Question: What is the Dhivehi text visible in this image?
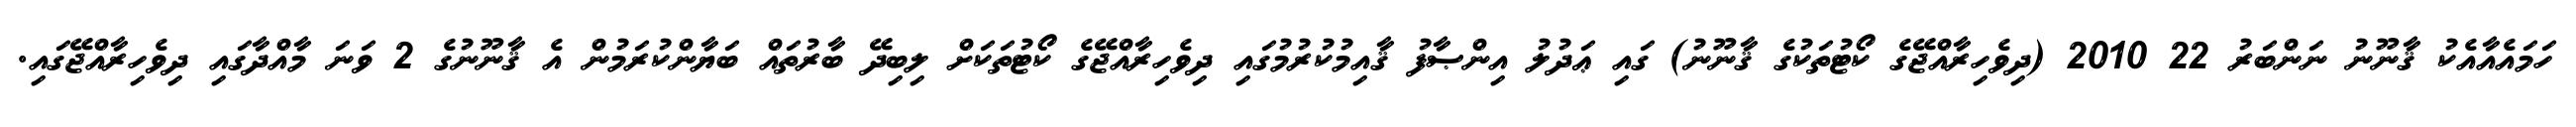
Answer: ހަމައެއާއެކު ޤާނޫނު ނަންބަރު 22 2010 (ދިވެހިރާއްޖޭގެ ކޯޓުތަކުގެ ޤާނޫނު) ގައި ޢަދުލު އިންޞާފު ޤާއިމުކުރުމުގައި ދިވެހިރާއްޖޭގެ ކޯޓުތަކަށް ލިބިދޭ ބާރުތައް ބަޔާންކުރަމުން އެ ޤާނޫނުގެ 2 ވަނަ މާއްދާގައި ދިވެހިރާއްޖޭގައި.